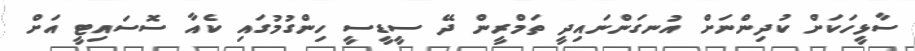
ސާޅީހަކަށް ކުދިންނަށް އުނގަންނައިދީ ތަމްރީން ދޭ ސީޑީސީ ހިންގުމުގައި ކެއާ ސޮސައިޓީ އަށް